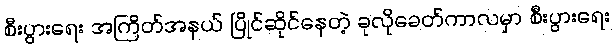
စီးပွားရေး အကြိတ်အနယ် ပြိုင်ဆိုင်နေတဲ့ ခုလိုခေတ်ကာလမှာ စီးပွားရေး